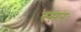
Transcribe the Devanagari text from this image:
स्मरः